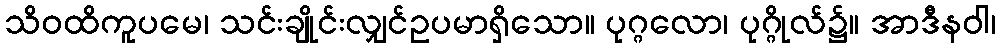
သိဝထိကူပမေ၊ သင်းချိုင်းလျှင်ဥပမာရှိသော။ ပုဂ္ဂလော၊ ပုဂ္ဂိုလ်၌။ အာဒီနဝါ၊